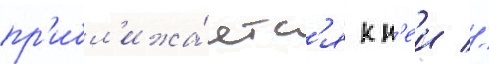
пр'ибл'ижа́етс'я к н'еи //